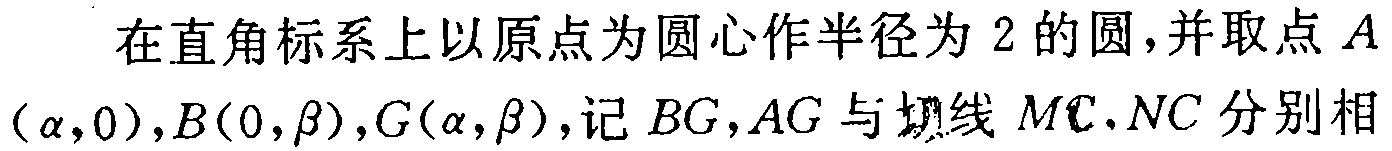
在直角标系上以原点为圆心作半径为 2 的圆，并取点 \(A(\alpha,0),B(0,\beta),G(\alpha,\beta)\)，记 \(BG,AG\) 与切线 \(MC,NC\) 分别相